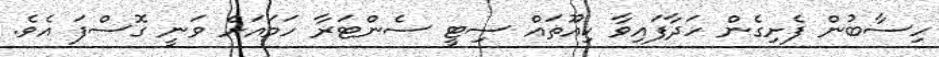
ހިސާބުން ފެށިގެން ހަދާފައިވާ ކިއޫތައް ސިޓީ ސެންޓަރާ ހަމައަށް ވަނީ ގޮސްފަ އެވެ.